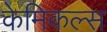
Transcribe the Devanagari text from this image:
केमिकल्‍स